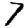
Digit: 7